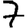
Digit: 7